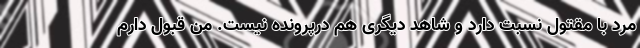
مرد با مقتول نسبت دارد و شاهد دیگری هم درپرونده نیست. من قبول دارم